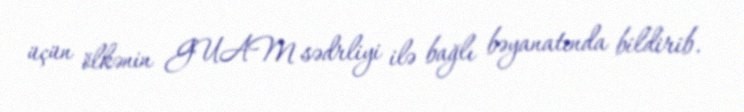
üçün ölkənin GUAM sədrliyi ilə bağlı bəyanatında bildirib.